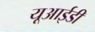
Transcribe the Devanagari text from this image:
यूआईडी